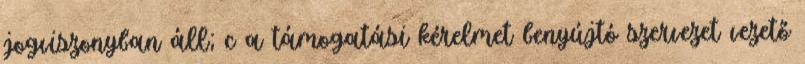
jogviszonyban áll; c a támogatási kérelmet benyújtó szervezet vezető